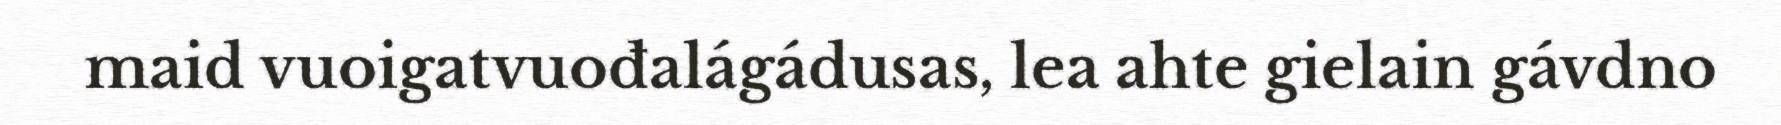
maid vuoigatvuođalágádusas, lea ahte gielain gávdno